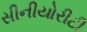
સીનીયોરીટી